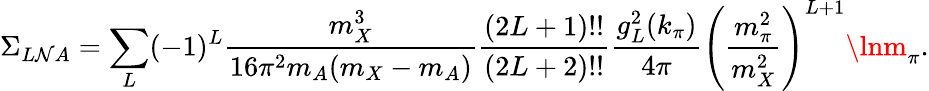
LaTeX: \Sigma_{L\mathcal{N}A}=\sum_{L}(-1)^{L}{\frac{{m_{X}^{3}}}{{16\pi^{2}m_{A}(m_{X}-m_{A})}}}{\frac{{(2L+1)!!}}{{(2L+2)!!}}}{\frac{{g_{L}^{2}(k_{\pi})}}{{4\pi}}}\left({\frac{{m_{\pi}^{2}}}{{m_{X}^{2}}}}\right)^{L+1}\lnm_{\pi}.